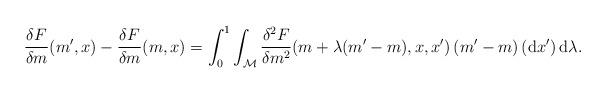
LaTeX: \begin{align*}\frac{\delta F}{\delta m}(m',x)-\frac{\delta F}{\delta m}(m,x) = \int_{0}^{1}\int_{\mathcal{M}}\frac{\delta^2 F}{\delta m^2}(m + \lambda (m'-m),x, x')\left(m'- m\right)(\mathrm{d}x')\,\mathrm{d}\lambda.\end{align*}